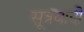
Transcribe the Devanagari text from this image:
सूत्रवादी